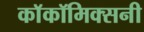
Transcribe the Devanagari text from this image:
काॅकॉमिक्सनी